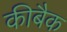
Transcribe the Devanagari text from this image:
कीबैक